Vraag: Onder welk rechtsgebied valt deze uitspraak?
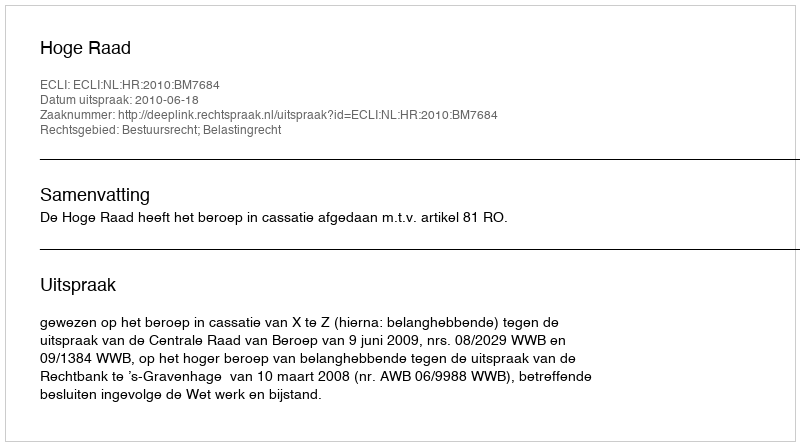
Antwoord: Bestuursrecht; Belastingrecht